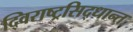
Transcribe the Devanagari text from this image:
द्विराष्ट्रसिद्धान्त